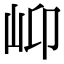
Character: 𡵙